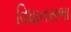
વિધાનસભા